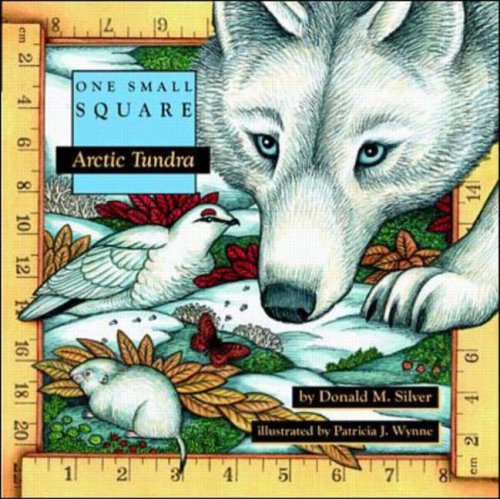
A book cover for Arctic Tundra; Donald Silver; Travel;